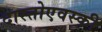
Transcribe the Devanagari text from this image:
दास्तोएवस्की